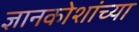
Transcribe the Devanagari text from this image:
ज्ञानकोशांच्या